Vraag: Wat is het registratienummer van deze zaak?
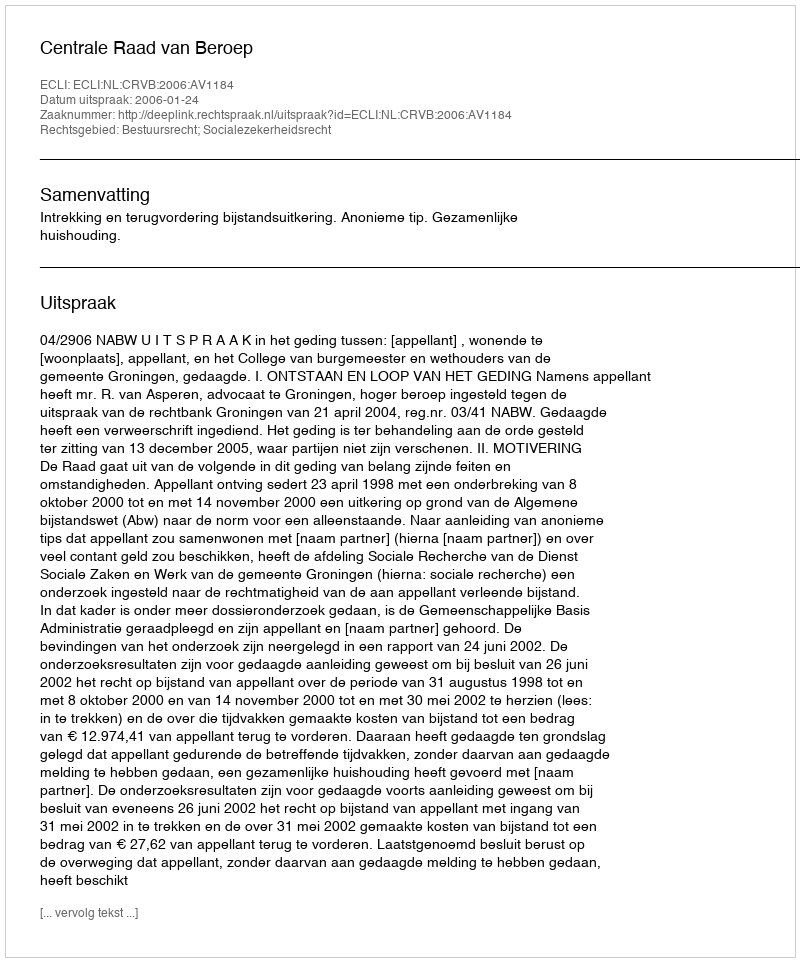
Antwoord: http://deeplink.rechtspraak.nl/uitspraak?id=ECLI:NL:CRVB:2006:AV1184